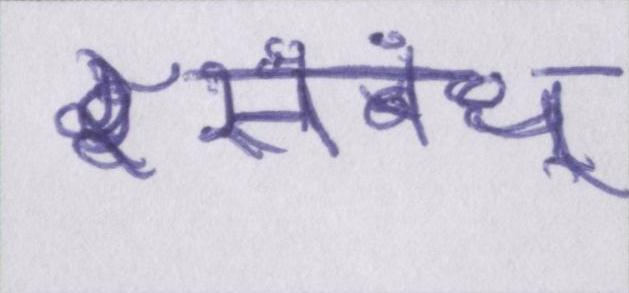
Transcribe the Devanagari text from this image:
संबंध्